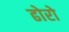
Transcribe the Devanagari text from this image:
ढोरो